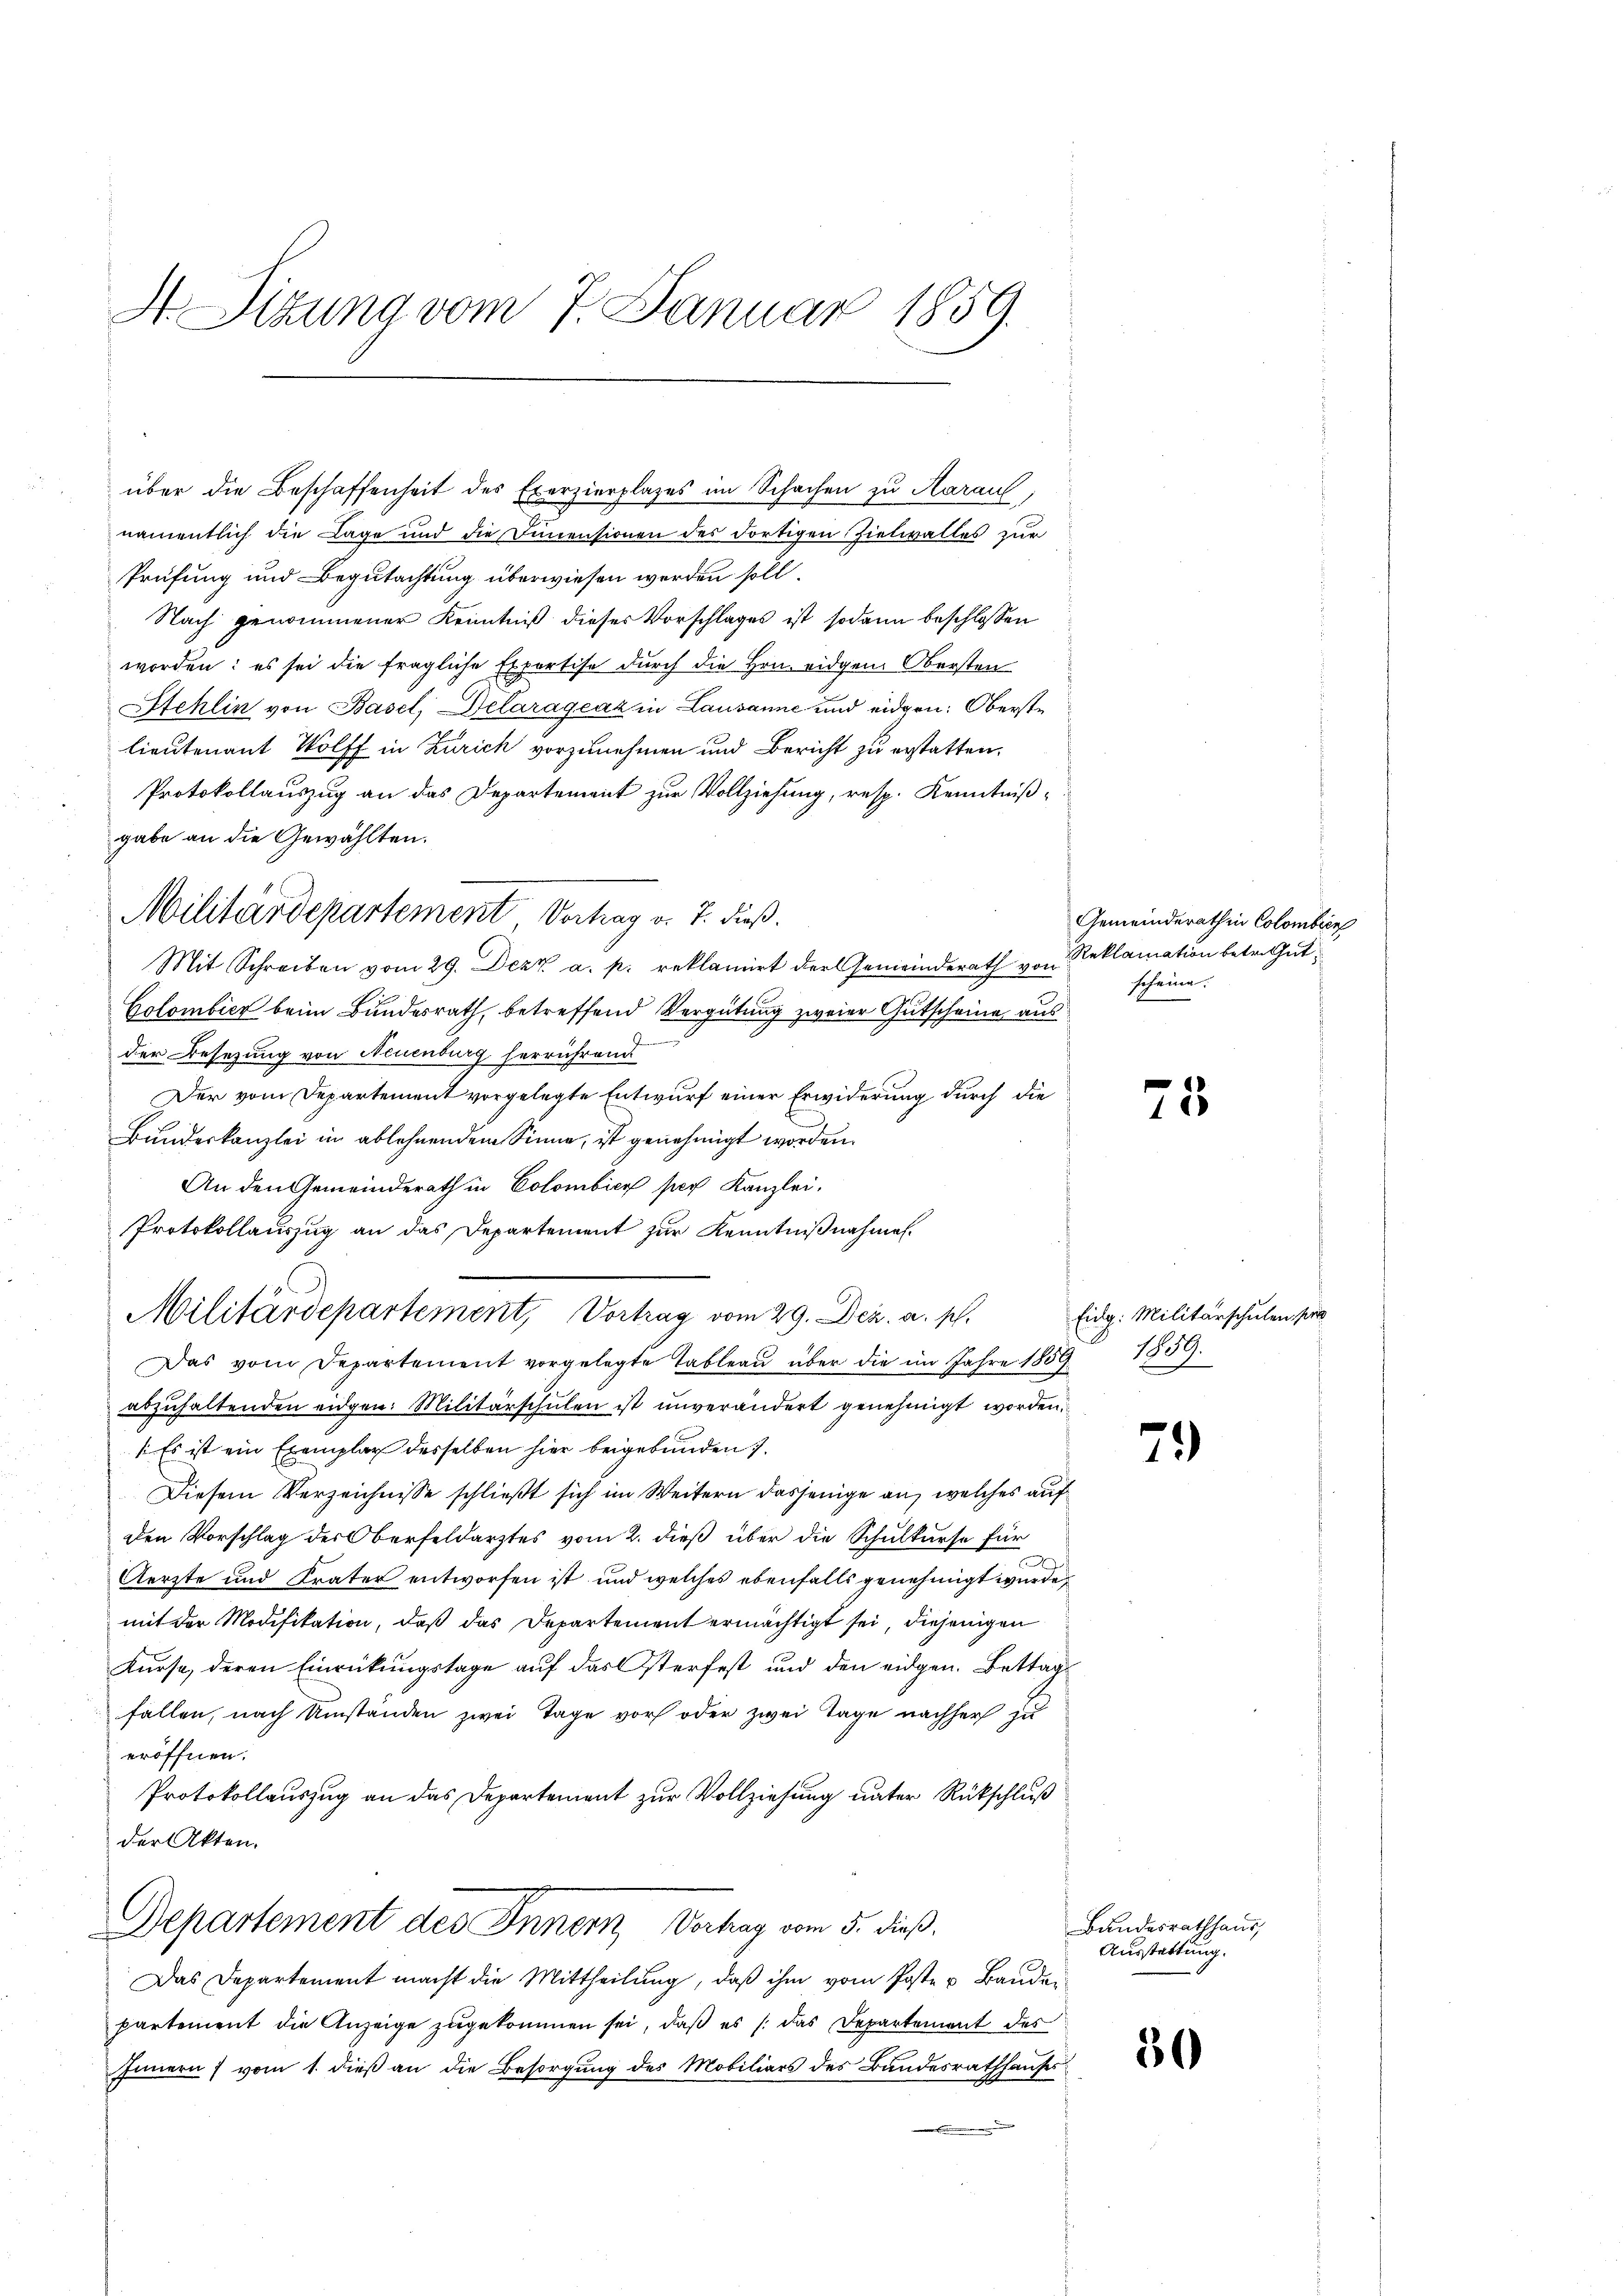
H. Sizung vom 7. Januar 1859.

über die Beschaffenheit des Exerzierplates im Schachen zu Karauf
namentlich die Lage und die Immensionen des dortigen Zielwalles zur
Prüfung und Begutachtung überwiesen werden soll.
Nach genommener Kenntniß dieses Vorschlages ist sodann beschlossen
worden: es sei die fragliche Expertise durch die Hrn. eidgen. Obersten
Stehlin von Basel, Delarágeaz in Lausanne und eidgen: Oberste
lieutenant Wolff in Zürich vorzunehmen und Bericht zu erstatten.
Protokollauszug an das Departement zur Vollziehung, resp. Kenntniß
gabe an die Gewählten.
Mit Schreiben vom 29. Dezz a. p. reklamirt der Gemeinderath von
Colombier beim Bundesrath, betreffend Vergütung zweier Gutscheine aus
.
der Besetzung von Neuenburg herrührend
Der vom Departement vorgelegte Entwurf einer Erwiderung durch die
Bundeskanzlei in ablehnendem Sinne, ist genehmigt worden.
An den Gemeinderath in Colombier per Kanzlei.
Protokollauszug an das Departement zur Kenntnißnahmen.
Das vom Departement vorgelegte Tableau über die im Jahre 1859 1859.
abzŭhaltenden eidgen: Militärschulen ist unverändert genehmigt worden.
1. Es ist ein Exemplar desselben hier beigebunden 7.
Diesem Verzeichnisse schließt sich im Weitern dasjenige an, welches auf
den Vorschlag des Oberfeldarztes vom 2. dieß über die Schulkurse für
d
Aerzte und Krater entworfen ist und welches ebenfalls genehmigt wurde,
mit der Modifikation, daß das Departement ermächtigt sei, diejenigen
Kurse, deren Einrückungstage auf das sterfest und den eidgen. Bettags
fallen, nach Umständen zwei Tage vor oder zwei Tage nachher zu
eröffnen.
Protokollauszug an das Departement zur Vollziehung unter Rückschluß
der Akten.
Departement des Innern, Verhag vom 5. dieß.
Das Departement macht die Mittheilung, daß ihm vom Poste u Bauder
partement die Anzeige zugekommen sei, daß es (das Departement des
Innern vom 1. dieß an die Besorgung des Mobiliars des Bundesrathhauses

Militärdepartement Vortrag v. J. dieß.

Militärdepartement, Vortrag vom 29. Dez. a. p.

Gemeinderath in Colombien
Reklamation betreut.
scheine.

75

Eidg. Militärschulen pro

71)

Bundesrathhaus,
Ausstattung.

30